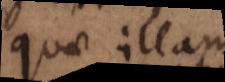
quae illam